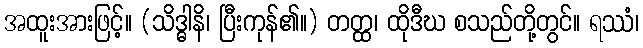
အထူးအားဖြင့်။ (သိဒ္ဓါနိ၊ ပြီးကုန်၏။) တတ္ထ၊ ထိုဒီဃ စသည်တို့တွင်။ ရဿံ၊